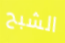
الشبح